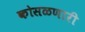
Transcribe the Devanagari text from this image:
कोसळणारी